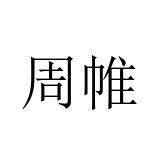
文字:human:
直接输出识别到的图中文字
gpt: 周帷